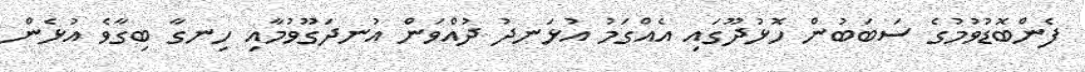
ފެންބޮޑުވުމުގެ ސަބަބުން ހޮޅުދޫގައި އެއްގަމު އުޅަނދު ދުއްވަން އުނދަގޫވުމާއި ހިނގާ ބިގާވެ އުޅެން